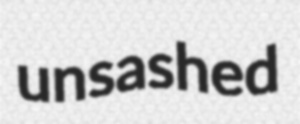
unsashed